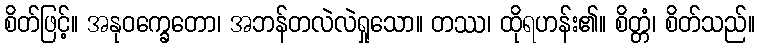
စိတ်ဖြင့်။ အနုဝက္ခေတော၊ အဘန်တလဲလဲရှုသော။ တဿ၊ ထိုရဟန်း၏။ စိတ္တံ၊ စိတ်သည်။